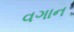
વગાન